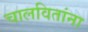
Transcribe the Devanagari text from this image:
चालवितांना